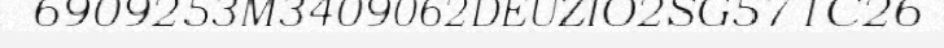
6909253M3409062DEUZIO2SG571C26